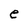
Character: e